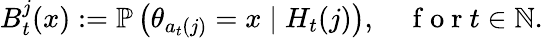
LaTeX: B_{t}^{j}(x):=\mathbb{P}\left(\theta_{a_{t}(j)}=x\mid H_{t}(j)\right),\quad\mathrm{~f~o~r~}t\in\mathbb{N}.